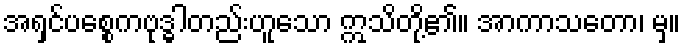
အရှင်ပစ္စေကဗုဒ္ဓါတည်းဟူသော ဣသိတို့၏။ အာကာသတော၊ မှ။